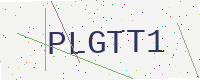
Text: PLGTT1